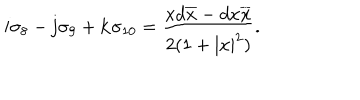
{ \bf i } \sigma _ { 8 } - { \bf j } \sigma _ { 9 } + { \bf k } \sigma _ { 1 0 } = { \frac { x d \overline { { { x } } } - d { x } \overline { { { x } } } } { 2 ( 1 + | x | ^ { 2 } ) } } .